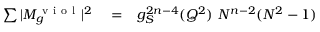
\begin{array} { r l r } { \sum \vert M _ { g } ^ { \mathrm { ~ v ~ i ~ o ~ l ~ } } \vert ^ { 2 } } & { { } = } & { g _ { S } ^ { 2 n - 4 } ( Q ^ { 2 } ) ~ N ^ { n - 2 } ( N ^ { 2 } - 1 ) } \end{array}